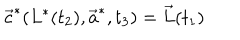
LaTeX: \vec { c } ^ { * } ( L ^ { * } ( t _ { 2 } ) , \vec { a } ^ { * } , t _ { 3 } ) = \vec { L } ( t _ { 1 } )